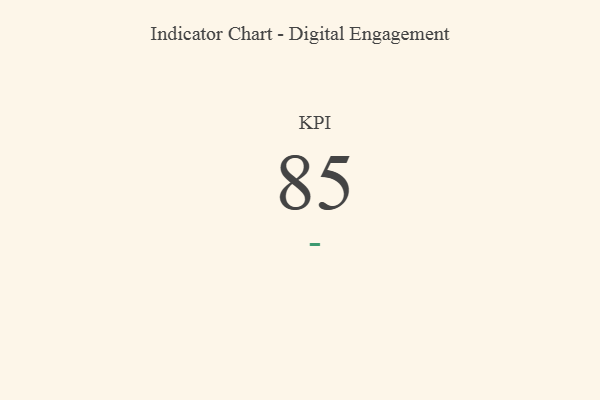
{"axis": {"x": "KPI", "y": "Value"}, "legend": [""], "data": [{"x": "KPI", "y": 85, "type": ""}]}